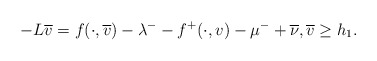
\begin{align*}-L\overline{v}=f(\cdot,\overline{v})-\lambda^{-}-f^{+}(\cdot,v)-\mu^- +\overline{\nu},\overline{v}\ge h_{1}.\end{align*}